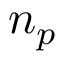
n _ { p }